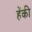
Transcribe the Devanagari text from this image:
हेंकी